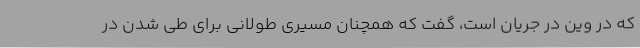
که در وین در جریان است، گفت که همچنان مسیری طولانی برای طی شدن در